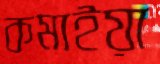
কমাইয়া